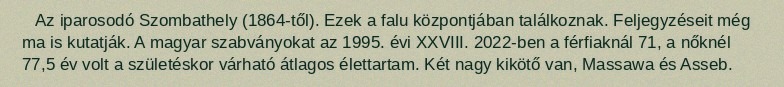
Az iparosodó Szombathely (1864-től). Ezek a falu központjában találkoznak. Feljegyzéseit még ma is kutatják. A magyar szabványokat az 1995. évi XXVIII. 2022-ben a férfiaknál 71, a nőknél 77,5 év volt a születéskor várható átlagos élettartam. Két nagy kikötő van, Massawa és Asseb.